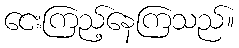
ငေးကြည့်နေကြသည်။